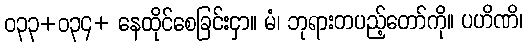
ဝ၃၃+ဝ၃၄+ နေထိုင်စေခြင်းငှာ။ မံ၊ ဘုရားတပည့်တော်ကို။ ပဟိဏိ၊